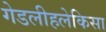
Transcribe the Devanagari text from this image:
गेडलीहलेकिसा